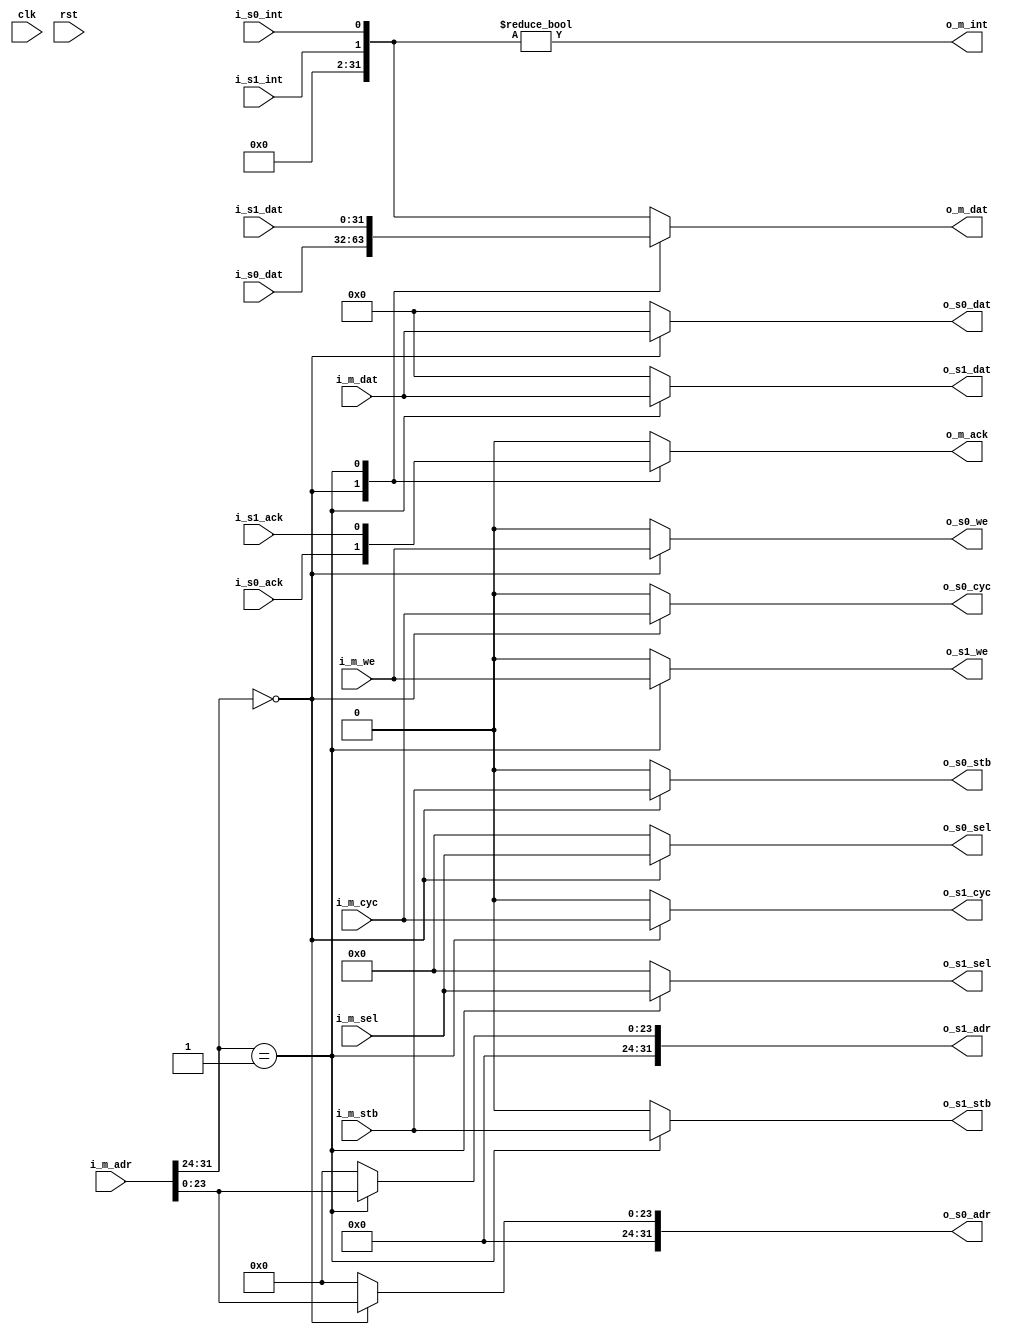
//wishbone_interconnect.v
/*
Distributed under the MIT licesnse.
Copyright (c) 2011 Dave McCoy (dave.mccoy@cospandesign.com)

Permission is hereby granted, free of charge, to any person obtaining a copy of
this software and associated documentation files (the "Software"), to deal in
the Software without restriction, including without limitation the rights to
use, copy, modify, merge, publish, distribute, sublicense, and/or sell copies
of the Software, and to permit persons to whom the Software is furnished to do
so, subject to the following conditions:

The above copyright notice and this permission notice shall be included in all
copies or substantial portions of the Software.

THE SOFTWARE IS PROVIDED "AS IS", WITHOUT WARRANTY OF ANY KIND, EXPRESS OR
IMPLIED, INCLUDING BUT NOT LIMITED TO THE WARRANTIES OF MERCHANTABILITY,
FITNESS FOR A PARTICULAR PURPOSE AND NONINFRINGEMENT. IN NO EVENT SHALL THE
AUTHORS OR COPYRIGHT HOLDERS BE LIABLE FOR ANY CLAIM, DAMAGES OR OTHER
LIABILITY, WHETHER IN AN ACTION OF CONTRACT, TORT OR OTHERWISE, ARISING FROM,
OUT OF OR IN CONNECTION WITH THE SOFTWARE OR THE USE OR OTHER DEALINGS IN THE
SOFTWARE.
*/

/*
  11/08/2011
    fixed the wb_ack to be 0 when nothing is selected
*/

/*
    Thanks Rudolf Usselmann yours was a better implementation than mine

    Copyright (C) 2000-2002
    Rudolf Usselmann
    www.asics.ws
    rudi@asics.ws
*/
`timescale 1ns/1ps

module wishbone_interconnect (
  clk,
  rst,

  i_m_we,
  i_m_cyc,
  i_m_sel,
  i_m_stb,
  o_m_ack,
  i_m_dat,
  o_m_dat,
  i_m_adr,
  o_m_int,

  //virtual slave master 0
  o_s0_we,
  o_s0_cyc,
  o_s0_sel,
  o_s0_stb,
  i_s0_ack,
  o_s0_dat,
  i_s0_dat,
  o_s0_adr,
  i_s0_int,

  //virtual slave master 0
  o_s1_we,
  o_s1_cyc,
  o_s1_sel,
  o_s1_stb,
  i_s1_ack,
  o_s1_dat,
  i_s1_dat,
  o_s1_adr,
  i_s1_int
);


parameter ADDR_0    =   8'h00;
parameter ADDR_1    =   8'h01;

parameter ADDR_FF = 8'hFF;

//state

//control signals
input         clk;
input         rst;

//wishbone slave signals
input                    i_m_we;
input                    i_m_stb;
input                    i_m_cyc;
input   [3:0]            i_m_sel;
input   [31:0]           i_m_adr;
input     [31:0]         i_m_dat;
output reg  [31:0]       o_m_dat = 32'h0;
output reg               o_m_ack = 1'h0;
output                   o_m_int;

output                   o_s0_we;
output                   o_s0_stb;
output                   o_s0_cyc;
output    [3:0]          o_s0_sel;
output      [31:0]       o_s0_adr;
output      [31:0]       o_s0_dat;
input       [31:0]       i_s0_dat;
input                    i_s0_ack;
input                    i_s0_int;

output                   o_s1_we;
output                   o_s1_stb;
output                   o_s1_cyc;
output    [3:0]          o_s1_sel;
output      [31:0]       o_s1_adr;
output      [31:0]       o_s1_dat;
input       [31:0]       i_s1_dat;
input                    i_s1_ack;
input                    i_s1_int;

//this should be parameterized
wire [7:0]slave_select;
assign slave_select =   i_m_adr[31:24];


wire [31:0] interrupts;


/*
initial begin
    $monitor("%t, int: %h, i_s0_int: %h, s1_int: %h", $time, interrupts, s0_int, s1_int);
    $monitor ("%t adr: %h, stb: %h, ack: %h", $time, i_m_adr, i_m_stb, o_m_ack);
end
*/


//data
always @ (slave_select or i_s0_dat or i_s1_dat or interrupts) begin
    case (slave_select)
        ADDR_0: begin
            o_m_dat <= i_s0_dat;
        end
        ADDR_1: begin
            o_m_dat <= i_s1_dat;
        end
        default: begin
        //$display("WBI: interrupt address selected");
            o_m_dat <= interrupts;
        end
    endcase
end

//ack
always @ (slave_select or i_s0_ack or i_s1_ack) begin
    case (slave_select)
        ADDR_0: begin
            o_m_ack <= i_s0_ack;
        end
        ADDR_1: begin
            o_m_ack <= i_s1_ack;
        end
    default: begin
            o_m_ack <= 1'h0;
        end
    endcase
end

//int
//set up the interrupts flags
assign interrupts[0]  = i_s0_int;
assign interrupts[1]  = i_s1_int;
//set all other interrupts to zero
assign interrupts[31:2] = 0;

assign o_m_int  = (interrupts != 0);



assign o_s0_we    = (slave_select == ADDR_0) ? i_m_we: 0;
assign o_s0_stb   = (slave_select == ADDR_0) ? i_m_stb: 0;
assign o_s0_sel   = (slave_select == ADDR_0) ? i_m_sel: 0;
assign o_s0_cyc   = (slave_select == ADDR_0) ? i_m_cyc: 0;
assign o_s0_adr   = (slave_select == ADDR_0) ? {8'h0 , i_m_adr[23:0]}: 0;
assign o_s0_dat   = (slave_select == ADDR_0) ? i_m_dat: 0;

assign o_s1_we    = (slave_select == ADDR_1) ? i_m_we: 0;
assign o_s1_stb   = (slave_select == ADDR_1) ? i_m_stb: 0;
assign o_s1_sel   = (slave_select == ADDR_1) ? i_m_sel: 0;
assign o_s1_cyc   = (slave_select == ADDR_1) ? i_m_cyc: 0;
assign o_s1_adr   = (slave_select == ADDR_1) ? {8'h0 , i_m_adr[23:0]}: 0;
assign o_s1_dat   = (slave_select == ADDR_1) ? i_m_dat: 0;


endmodule